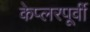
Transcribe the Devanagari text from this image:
केप्लरपूर्वी